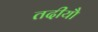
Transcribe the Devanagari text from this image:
तदीयौ